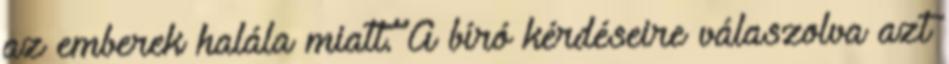
az emberek halála miatt. A bíró kérdéseire válaszolva azt